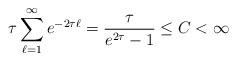
LaTeX: \begin{align*}\tau\sum_{\ell=1}^{\infty}e^{-2\tau\ell}=\frac{\tau}{e^{2\tau}-1}\le C<\infty\end{align*}